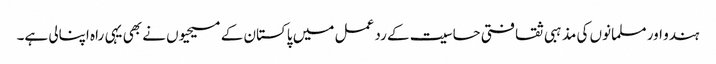
ہندو اور مسلمانوں کی مذہبی ثقافتی حساسیت کے رد عمل میں پاکستان کے مسیحیوں نے بھی یہی راہ اپنالی ہے۔